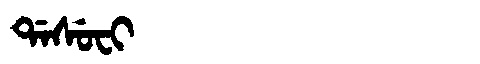
Manchu: ᡩᠠᠰᡠᠸᡳ
Romanization: DASUFI